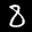
Label: 8